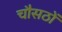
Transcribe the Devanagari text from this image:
चौसठों